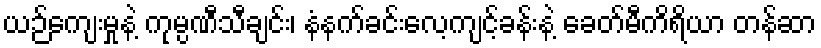
ယဉ်ကျေးမှုနဲ့ ကုမ္ပဏီသီချင်း၊ နံနက်ခင်းလေ့ကျင့်ခန်းနဲ့ ခေတ်မီကိရိယာ တန်ဆာ